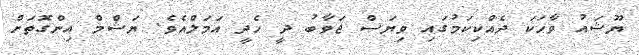
ޔޫޝައު ވާހަކަ ދެއްކިކަމުގައި ވިޔަސް ޖަވާބު ދީ ހެދީ އަމަލްއެވެ. ޔަޝްމް އިންގޮތަށް